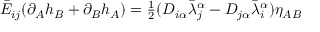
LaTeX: \bar { \cal E } _ { i j } ( \partial _ { A } h _ { B } + \partial _ { B } h _ { A } ) = \textstyle { \frac { 1 } { 2 } } ( D _ { i \alpha } \bar { \lambda } _ { j } ^ { \alpha } - D _ { j \alpha } \bar { \lambda } _ { i } ^ { \alpha } ) \eta _ { A B }